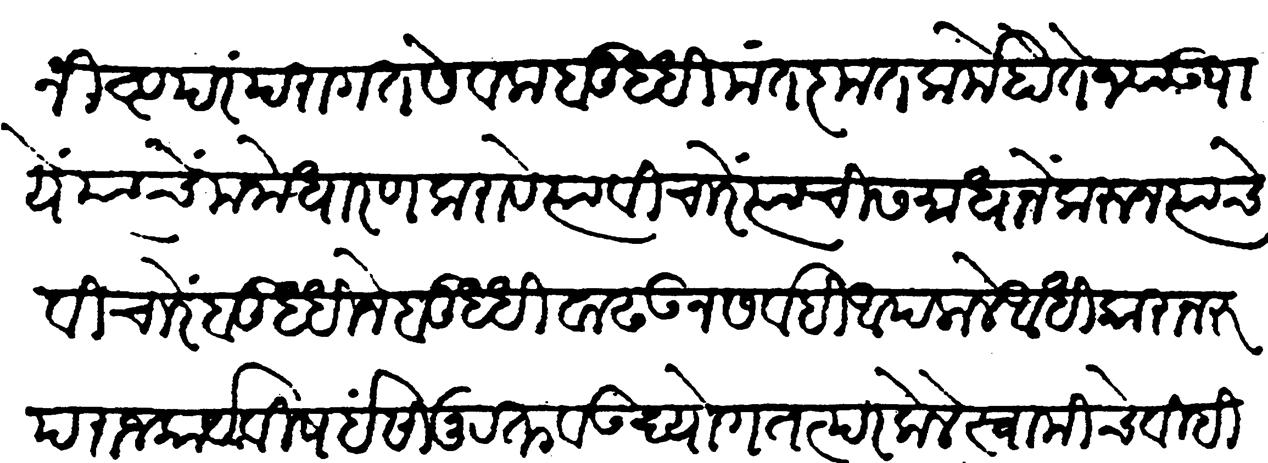
Transliteration (Devanagari): ईश्वरनिष्ठ परंपरागत सेवक बुद्धिमंत कृतकर्मे होते ज्या उपाये त्याचे मनोधारणा करावे त्या विचारे त्याची समाधानें करून त्याचे विचारे बुद्धीने बुद्धी वाढवून सर्वही आपलाले अधीकारानुरूप राजकार्य विषई सानुरक्त व उद्योग तत्पर केले स्वामीचे विहित